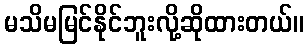
မသိမမြင်နိုင်ဘူးလို့ဆိုထားတယ်။